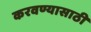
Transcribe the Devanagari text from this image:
करवण्यासाठी